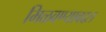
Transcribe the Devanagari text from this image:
मिळवण्याबद्दल